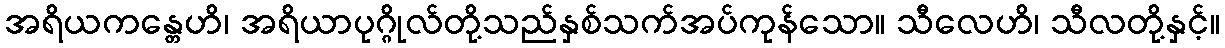
အရိယကန္တေဟိ၊ အရိယာပုဂ္ဂိုလ်တို့သည်နှစ်သက်အပ်ကုန်သော။ သီလေဟိ၊ သီလတို့နှင့်။